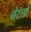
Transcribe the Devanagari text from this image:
जेरार्डो